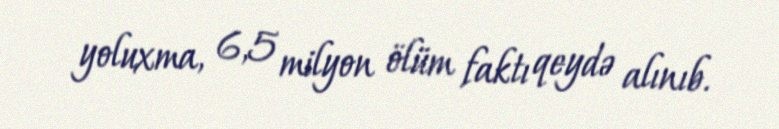
yoluxma, 6,5 milyon ölüm faktı qeydə alınıb.